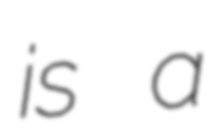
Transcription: is a